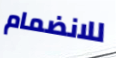
للانضمام